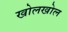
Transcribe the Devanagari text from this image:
खोलखोल